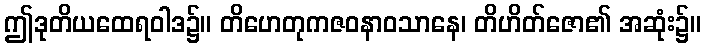
ဤဒုတိယထေရဝါဒ၌။ တိဟေတုကဇဝနာဝသာနေ၊ တိဟိတ်ဇော၏ အဆုံး၌။